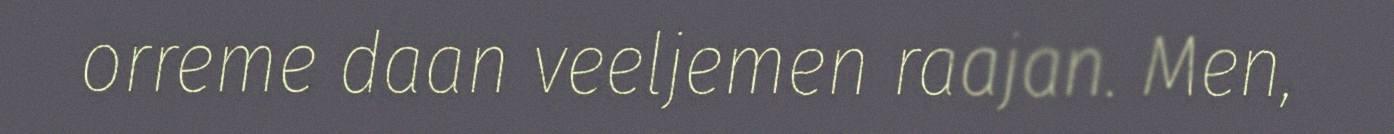
orreme daan veeljemen raajan. Men,